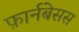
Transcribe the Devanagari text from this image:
फ़ार्नबेसस